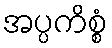
အပ္ပကိစ္စံ